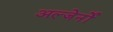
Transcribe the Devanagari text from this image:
अल्जेर्नों